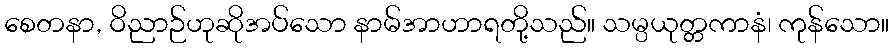
စေတနာ, ဝိညာဉ်ဟုဆိုအပ်သော နာမ်အာဟာရတို့သည်။ သမ္ပယုတ္တကာနံ၊ ကုန်သော။